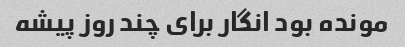
مونده بود انگار برای چند روز پیشه